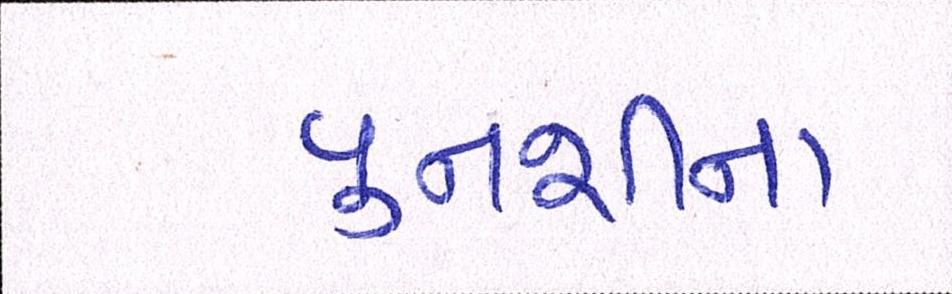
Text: પુનશીના